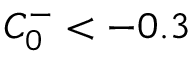
C _ { 0 } ^ { - } < - 0 . 3